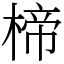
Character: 楴